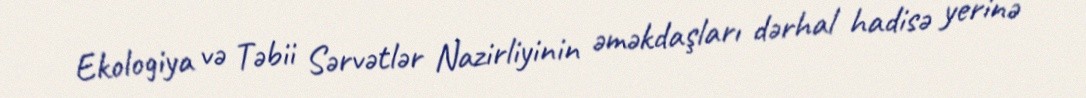
Ekologiya və Təbii Sərvətlər Nazirliyinin əməkdaşları dərhal hadisə yerinə